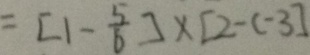
= [ 1 - \frac { 5 } { 6 } ] \times [ 2 - ( - 3 ) ]